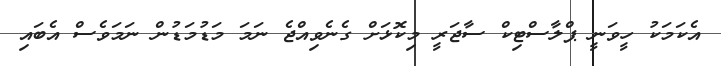
އެކަމަކު ހީވަނީ ޕްލާސްޓިކް ސާޖަރީ މިކޮޅަށް ގެނެވިއްޖެ ނަމަ މަޑުމަޑުން ނަމަވެސް އެބައި